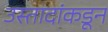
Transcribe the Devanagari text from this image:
उस्तादांकडून